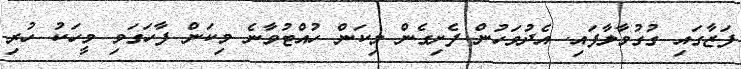
ފަޒާގައި ގުގުމާލާފައި. އެދުވަހުން ފެށިގެން މިކަން ހުއްޓުވާނެ މިކަން ފާހަގަވި މީހަކު ހުރި